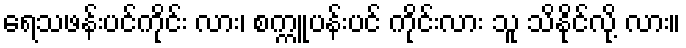
ရေသဖန်းပင်ကိုင်း လား၊ စက္ကူပန်းပင် ကိုင်းလား သူ သိနိုင်လို့ လား။